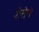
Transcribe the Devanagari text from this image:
रीतेने